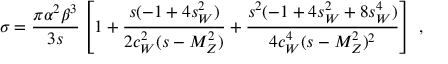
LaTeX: \sigma = \frac { \pi \alpha ^ { 2 } \beta ^ { 3 } } { 3 s } \left[ 1 + \frac { s ( - 1 + 4 s _ { W } ^ { 2 } ) } { 2 c _ { W } ^ { 2 } ( s - M _ { Z } ^ { 2 } ) } + \frac { s ^ { 2 } ( - 1 + 4 s _ { W } ^ { 2 } + 8 s _ { W } ^ { 4 } ) } { 4 c _ { W } ^ { 4 } ( s - M _ { Z } ^ { 2 } ) ^ { 2 } } \right] \; ,